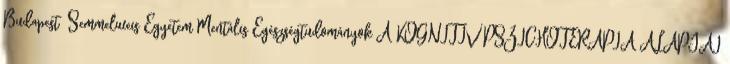
Budapest ²Semmelweis Egyetem Mentális Egészségtudományok A KOGNITÍV PSZICHOTERÁPIA ALAPJAI